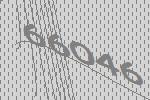
66046